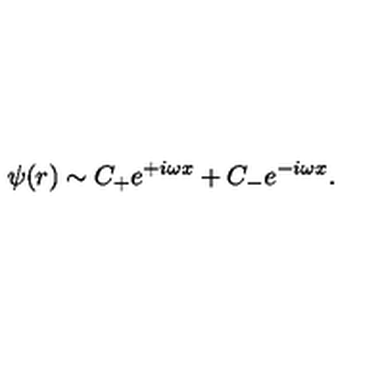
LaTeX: \psi ( r ) \sim C _ { + } e ^ { + i \omega x } + C _ { - } e ^ { - i \omega x } .